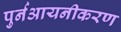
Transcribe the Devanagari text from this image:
पुर्नआयनीकरण